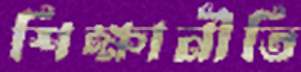
শিক্ষানীতি